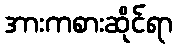
အားကစားဆိုင်ရာ